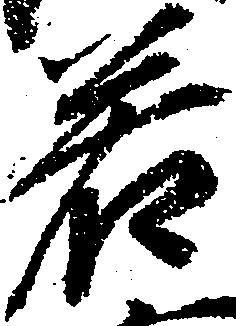
若